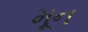
મૂન